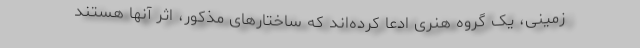
زمینی، یک گروه هنری ادعا کرده‌اند که ساختارهای مذکور، اثر آنها هستند